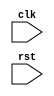
module my_module (
  input clk, // Clock signal
  input rst, // Reset signal
  
  // other input/output ports
  
);

// Register definition
reg [31:0] my_register;

// Always block triggered on positive edge of clk and negative edge of rst
always @(posedge clk, negedge rst) begin
  if (~rst) begin
    // Reset logic
    my_register <= 0;
  end else begin
    // Sequential logic
    // Implement behavior here
  end
end

// Additional logic
// Implement additional logic here

endmodule